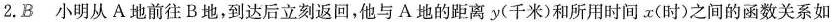
2.B 小明从A地前往B地，到达后立刻返回，他与A地的距离 y (千米)和所用时间 x (时)之间的函数关系如